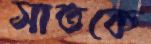
সাতকে